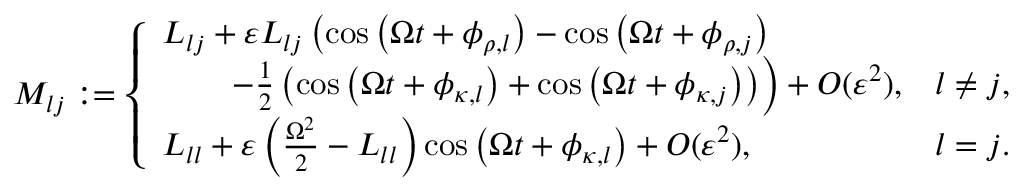
\begin{array} { r } { M _ { l j } : = \left\{ \begin{array} { l l } { L _ { l j } + \varepsilon L _ { l j } \left( \cos { \left( \Omega t + \phi _ { \rho , l } \right) } - \cos { \left( \Omega t + \phi _ { \rho , j } \right) } \right. } \\ { \left. \qquad - \frac { 1 } { 2 } \left( \cos { \left( \Omega t + \phi _ { \kappa , l } \right) } + \cos { \left( \Omega t + \phi _ { \kappa , j } \right) } \right) \right) + O ( \varepsilon ^ { 2 } ) , } & { l \neq j , } \\ { L _ { l l } + \varepsilon \left( \frac { \Omega ^ { 2 } } { 2 } - L _ { l l } \right) \cos { \left( \Omega t + \phi _ { \kappa , l } \right) } + O ( \varepsilon ^ { 2 } ) , } & { l = j . } \end{array} \right. } \end{array}